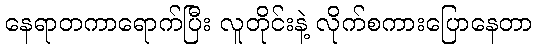
နေရာတကာရောက်ပြီး လူတိုင်းနဲ့ လိုက်စကားပြောနေတာ